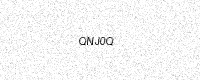
Text: QNJ0Q